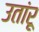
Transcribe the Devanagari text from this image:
उतांरू